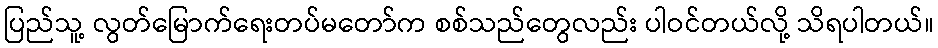
ပြည်သူ့ လွတ်မြောက်ရေးတပ်မတော်က စစ်သည်တွေလည်း ပါဝင်တယ်လို့ သိရပါတယ်။